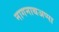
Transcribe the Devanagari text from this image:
नागनाथअप्पा